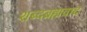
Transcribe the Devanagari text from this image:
शब्दब्रह्मवाद